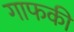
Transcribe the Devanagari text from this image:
गाफकी